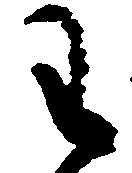
わ